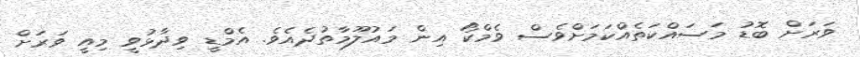
ވަރަށް ބޮޑު މަަސައްކަތެއްކަމަށްވެސް ވެމްކޯ އިން މައުލޫމާތުދެެއެވެ. އެމްޑީ ވިދާޅުވީ މިއީ ވަރަށް